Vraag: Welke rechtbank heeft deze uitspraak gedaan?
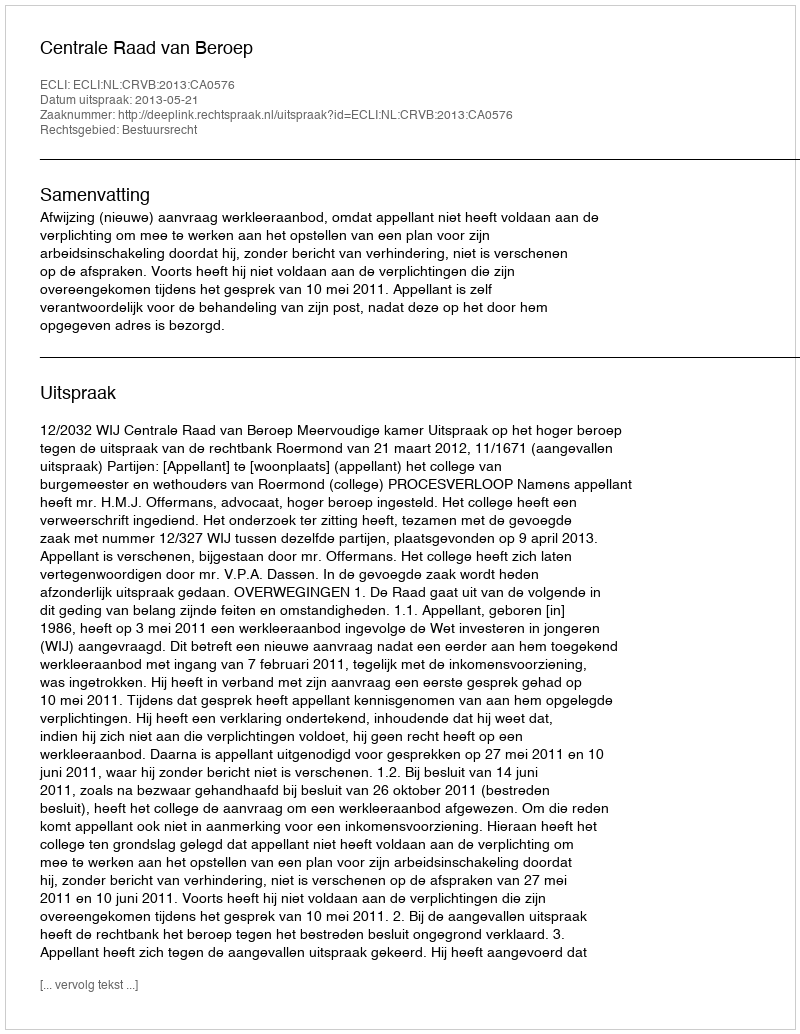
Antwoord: Centrale Raad van Beroep